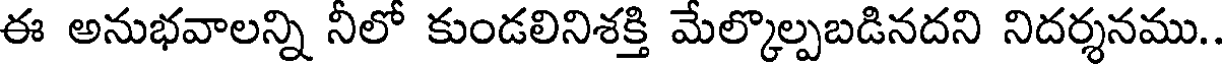
ఈ అనుభవాలన్ని నీలో కుండలినిశక్తి మేల్కొల్పబడినదని నిదర్శనము.